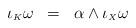
LaTeX: \begin{align*}\iota_{\scriptscriptstyle K}\omega \;\; = \;\; \alpha\wedge\iota_{\scriptscriptstyle X}\omega\end{align*}